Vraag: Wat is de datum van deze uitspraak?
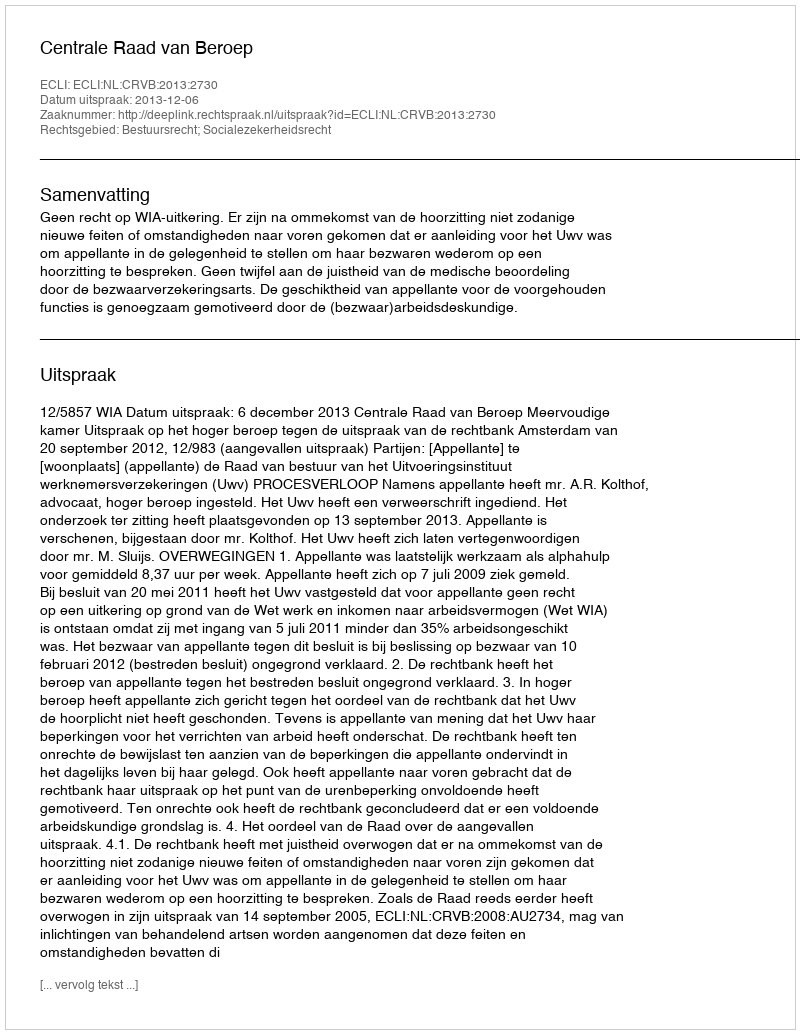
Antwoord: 2013-12-06